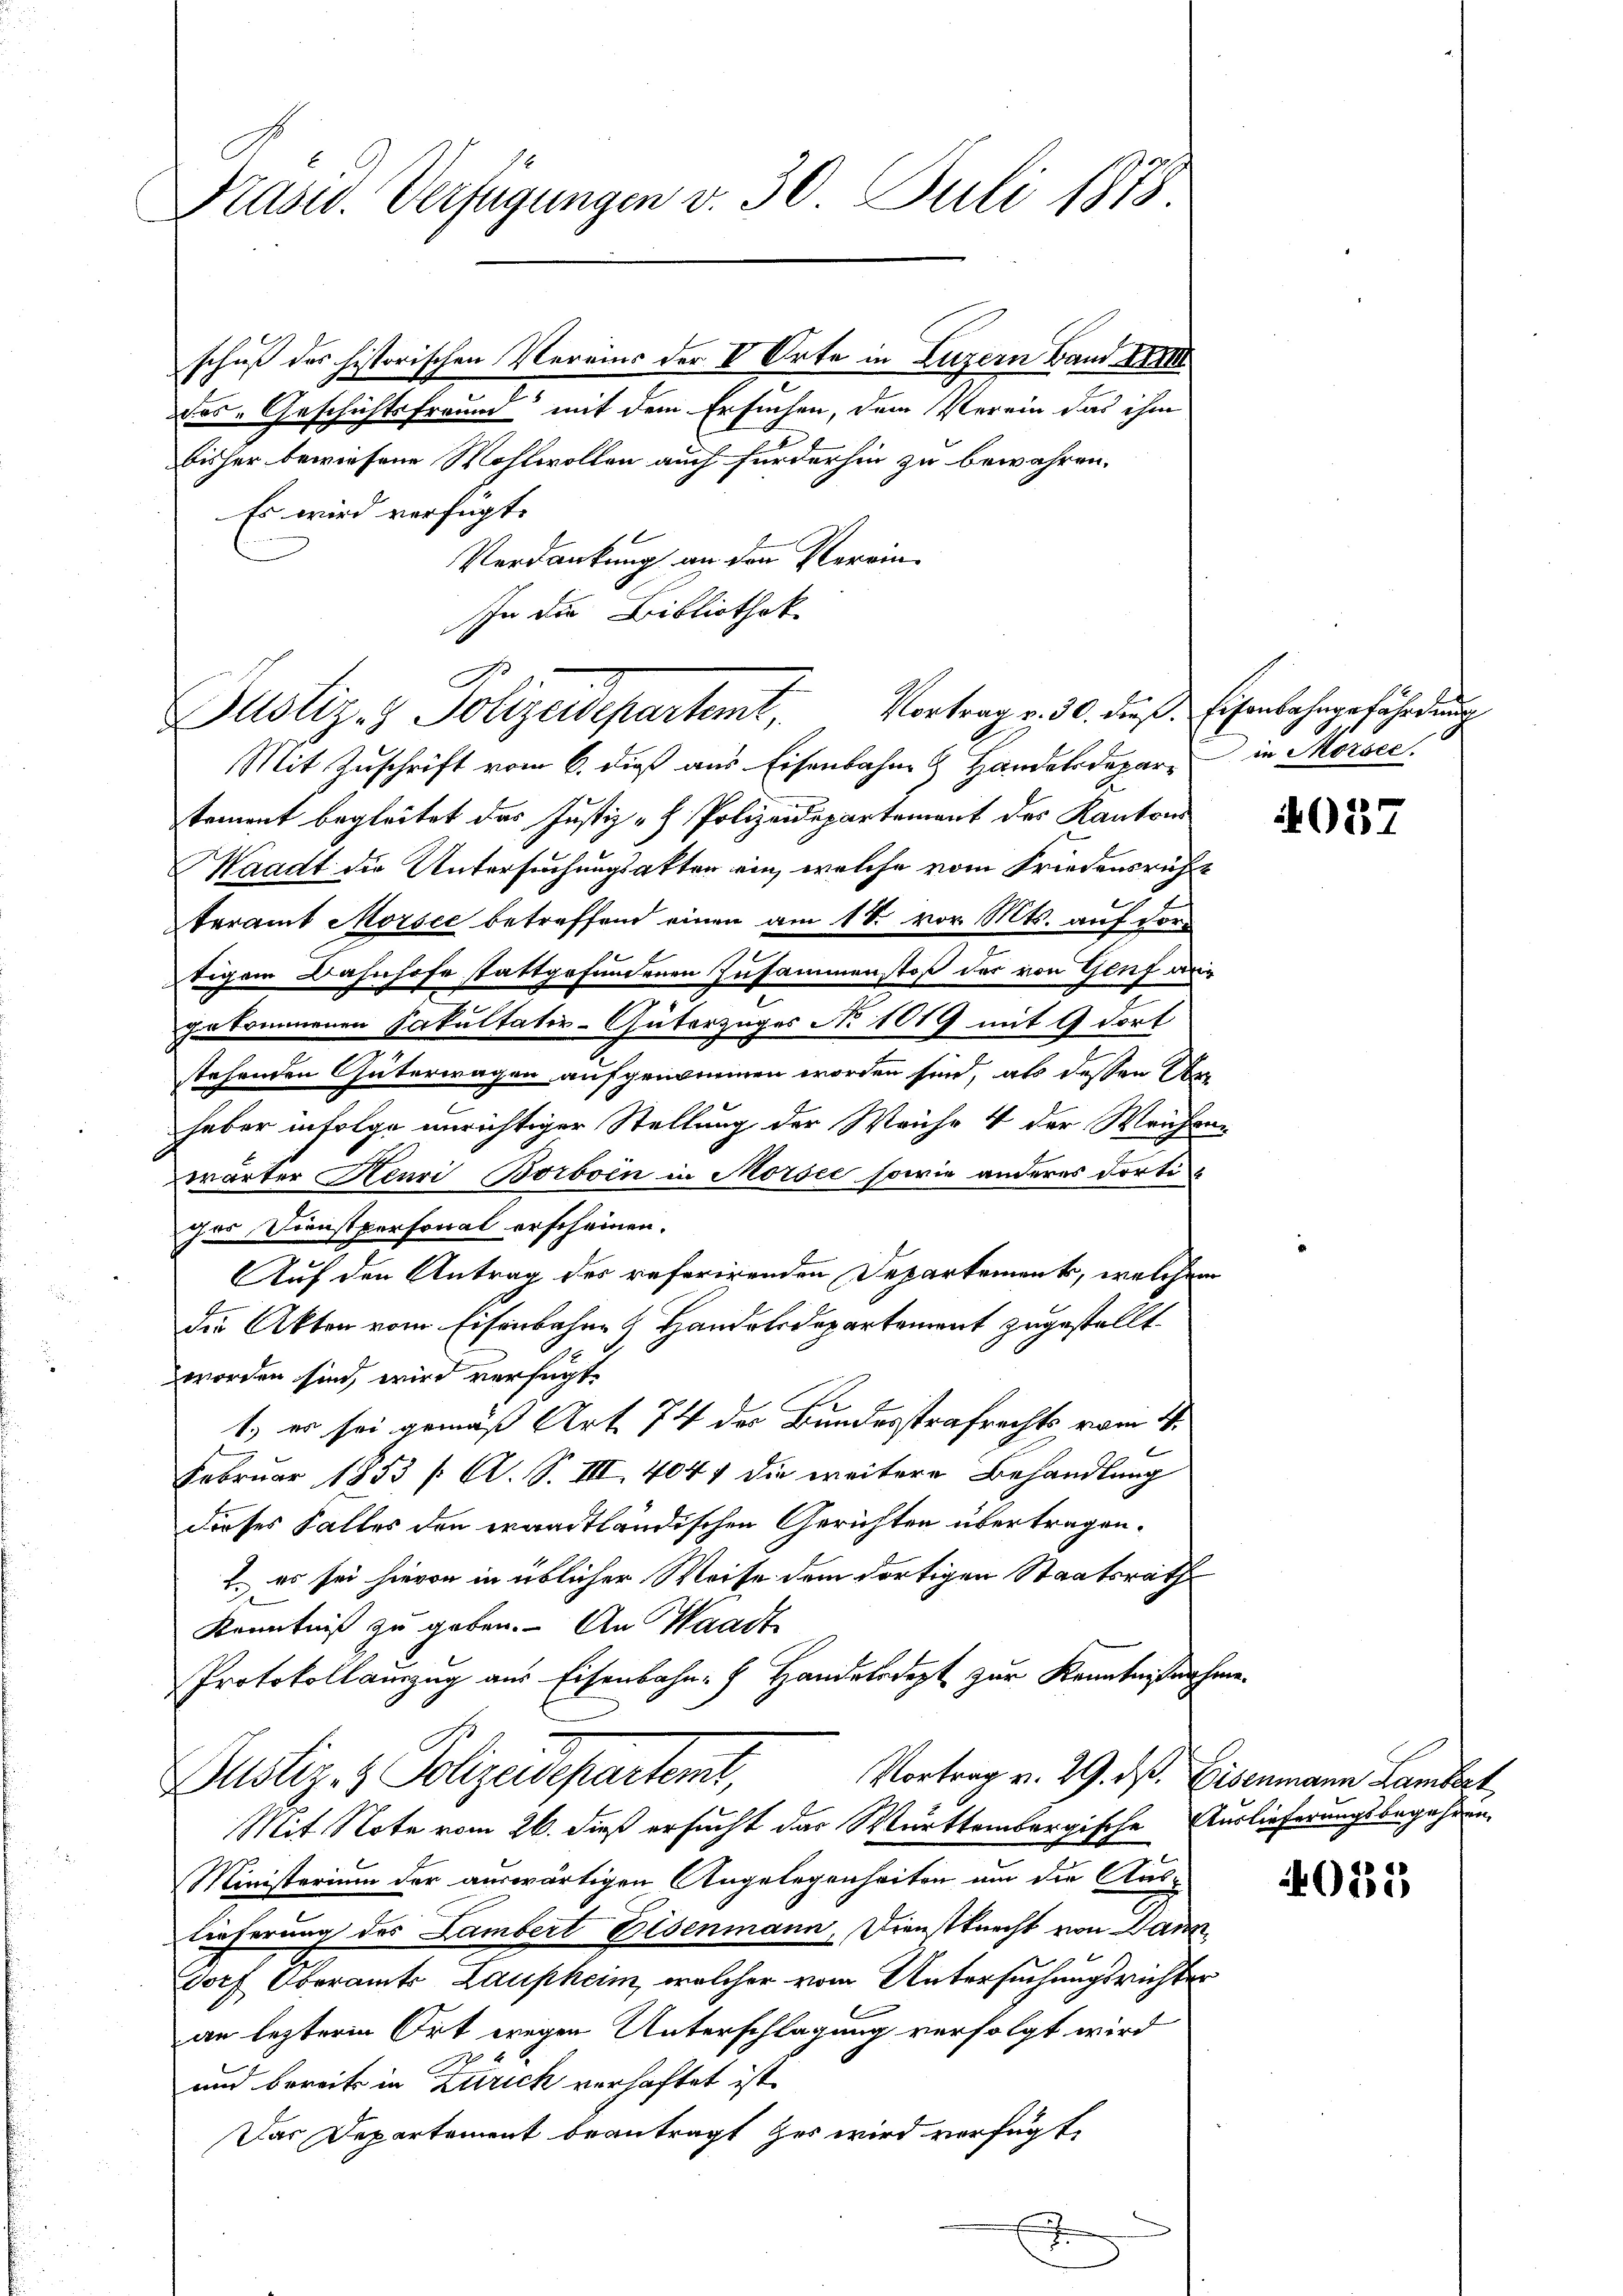
Prasis. Verfügungen v. 30 Juli 1878.

.
Vortrag v. 30. dieß. Eisenbahngefährdung
Justiz- & Polizeidepartemt,

Mit Zuschrift vom 6. dieß aus Eisenbahn & Handelsdepare in Morsee.
tement begleitet das Justiz - Polizeidepartement des Kantons
Waadt die Untersuchungsakten ein, welche vom Friedensrühteramt Morsee betreffend einen am 18. vor. Mts. auf der
tigem Bahnhofe stattgefundenen Zusammenstoß der von Genf ang
gekommenen Fakultativ-Güterzuges No 1019 mit 9 dort.
stehenden Güterwagen aufgenommen worden sind, als dessen Ar-
haber infolge unrichtiger Stellung der Weiche 4 der Weichen-
wärter Henri Borboin in Morsee sowie anderes dorti-
das Dienstpersonal erscheinen.
n
Auf den Antrag des referirenden Departement, welchem
die Akten vom Eisenbahn & Handelsdepartement zugestellt.
worden sind, wird verfügt
1.) er sei gemäß Art 74 des Bundesstrafrechts vom 4.
Februar 1853 /: A. S. III 4041 die weitere Behandlung
dieses Falles den eraadtländischen Gerichten übertragen.
2. es sei hievon in üblicher Weise dem dortigen Staatsrath
Kenntniß zu geben. An Waadt
Protokollauszug aus Eisenbahn- Handelsdept zur Kenntnißnahme.
Vortrag v. 29. dß. Eisenmann Lambert
Bustiz- & Polizeideparteme,
Mit Note vom 26. dieß ersucht das Württembergische Auslieferungsbegehrung
Ministerium der auswärtigen Angelegenheiten um die Aus-
lieferung des Lambert Eisenmann, Dienstknecht von Dann
dorf Oberamts Laupheim, welcher vom Untersuchungsrichter
an lezteren Ort wegen Unterschlagung verfolgt wird
und bereits in Zürich verhaftet ist.
Das Departement beantragt es wird verfügt,

schuß der historischen Vereins der V Orte in Luzern Band III
das Geschichtsfreund mit dem Ersuchen, dem Verein das ihm
bisher bewiesene Wohlwollen auch fürderhin zu bewahren.
Es wird verfügt:
Verdankung an den Verein-
In die Bibliothek

4037

40132